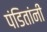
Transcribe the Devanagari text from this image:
पंडितांनीं